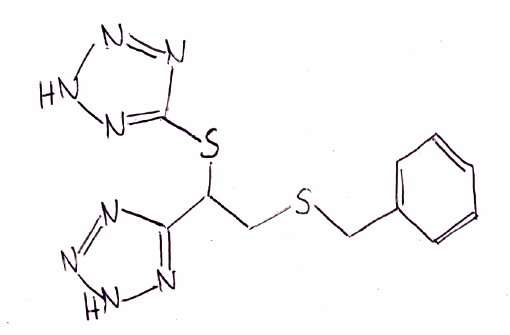
Simplified molecular-input line-entry system (SMILES) notation of the given molecule:
C1=CC=C(C=C1)CSCC(C2=NNN=N2)SC3=NNN=N3